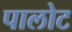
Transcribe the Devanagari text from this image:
पालोट